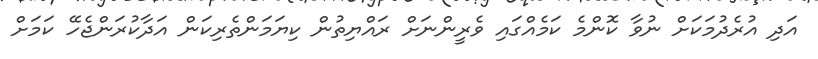
އަދި އުރެދުމަކަށް ނުވާ ކޮންމެ ކަމެއްގައި ވެރީންނަށް ރައްޔިތުން ކިޔަމަންތެރިކަން އަދާކުރަންޖެހޭ ކަމަށް